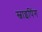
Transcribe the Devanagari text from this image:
स्वाइपिंग